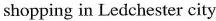
shopping in Ledchester city